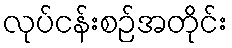
လုပ်ငန်းစဉ်အတိုင်း